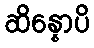
ဆိန္နောပိ